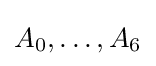
A_{0},\ldots ,A_{6}